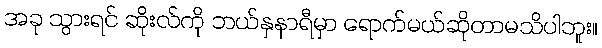
အခု သွားရင် ဆိုးလ်ကို ဘယ်နှနာရီမှာ ရောက်မယ်ဆိုတာမသိပါဘူး။